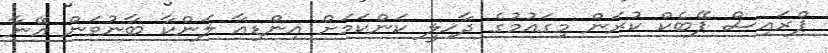
ޕްރައިސް ޕޭބެކް ކުރަން މިގައުމުގެ ދާޚިލީ ކަންކަމަށް އިންޑިއާ ލަންކާ ބާނުވަން އޭނާ